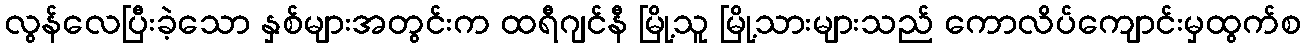
လွန်လေပြီးခဲ့သော နှစ်များအတွင်းက ထရီဂျင်နီ မြို့သူ မြို့သားများသည် ကောလိပ်ကျောင်းမှထွက်စ